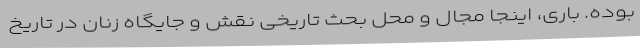
بوده. باری‌، اینجا مجال و محل بحث تاریخی نقش و جایگاه زنان در تاریخ